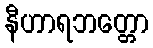
နီဟာရဘတ္တော